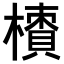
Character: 𣜇